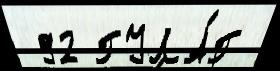
 92 ГУЛА́Г